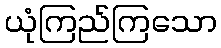
ယုံကြည်ကြသော